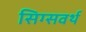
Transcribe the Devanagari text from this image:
सिग्सवर्थ